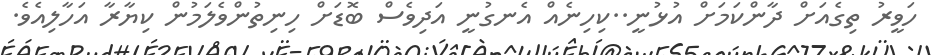
ހަވީރު ތިގެއަށް ދާންކަމަށް އުޅުނީ..ކިހިނެއް އެނގުނީ އަދިވެސް ބޮޑަށް ހިނިތުންވެލަމުން ކިޔާރާ އަހާލިއެވެ.